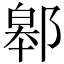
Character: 䣗